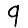
Digit: 9